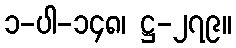
၁-ပါ-၁၄၈၊ ဋ္ဌ-၂၇၉။